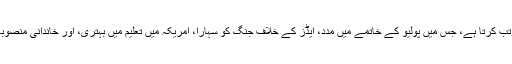
خط 2012ء میں فاؤنڈیشن کی دیگر کلیدی ترجیحات کا خاکہ بھی مرتب کرتا ہے، جس میں پولیو کے خاتمے میں مدد، ایڈز کے خلاف جنگ کو سہارا، امریکہ میں تعلیم میں بہتری، اور خاندانی منصوبہ بندی کے ذریعے ماؤں اور بچوں کی صحت کو بہتر بنانا شامل ہیں۔